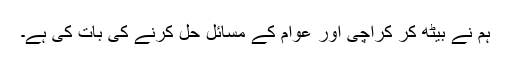
ہم نے بیٹھ کر کراچی اور عوام کے مسائل حل کرنے کی بات کی ہے۔